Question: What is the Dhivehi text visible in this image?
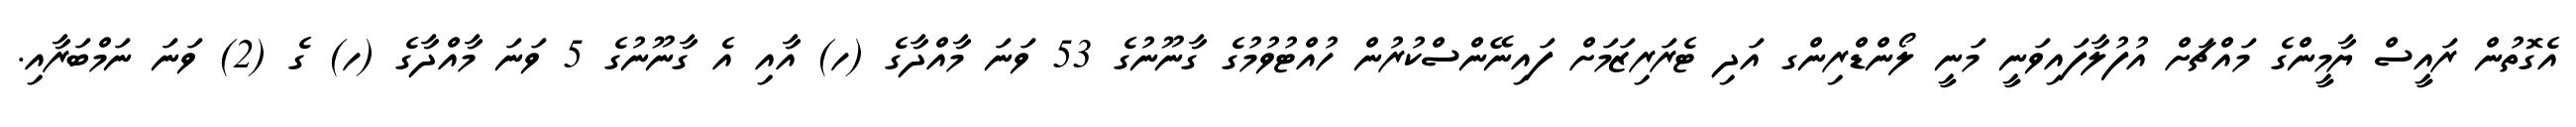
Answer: އެގޮތުން ރައީސް ޔާމީންގެ މައްޗަށް އުފުލާފައިވަނީ މަނީ ލޯންޑްރިންގ އަދި ޓެރަރިޒަމަށް ފައިނޭންސްކުރުން ހުއްޓުވުމުގެ ގާނޫނުގެ 53 ވަނަ މާއްދާގެ (ހ) އާއި އެ ގާނޫނުގެ 5 ވަނަ މާއްދާގެ (ހ) ގެ (2) ވަނަ ނަމްބަރާއި.